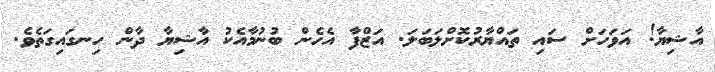
އާޝިޔާ! އަވަހަށް ސައި ތައްޔާރުކޮށްލަބަލަ. އަޒްފާ އެހެން ބުނުމާއެކު އާޝިޔާ ދާން ހިނގައިގަތެވެ.